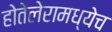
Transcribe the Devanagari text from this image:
होतेलेरामध्येच